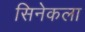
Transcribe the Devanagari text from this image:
सिनेकला